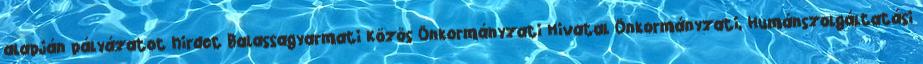
alapján pályázatot hirdet Balassagyarmati Közös Önkormányzati Hivatal Önkormányzati, Humánszolgáltatási